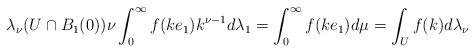
LaTeX: \begin{align*}\lambda_\nu(U\cap B_1(0))\nu\int_{0}^{\infty} f(ke_1)k^{\nu-1}d\lambda_1&=\int_{0}^{\infty} f(ke_1)d\mu=\int_{U} f(k)d\lambda_\nu\end{align*}